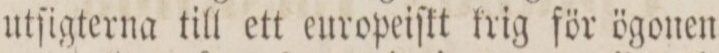
utſigterna till ett europeiſkt krig för ögonen